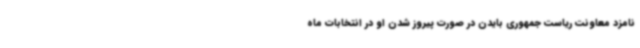
نامزد معاونت ریاست جمهوری بایدن در صورت پیروز شدن او در انتخابات ماه